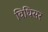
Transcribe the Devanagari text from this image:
विधिसर